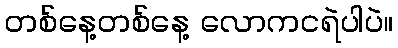
တစ်နေ့တစ်နေ့ လောကငရဲပါပဲ။